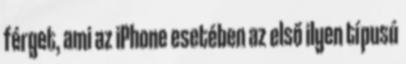
férget, ami az iPhone esetében az első ilyen típusú